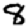
Digit: 8